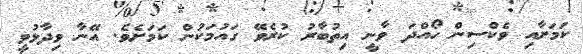
ކަމަށާއި ވެކްސިން ހޯއްދަ ވާނީ އިތުބާރު ކުރެވޭ ގައުމަކުން ކަމަށެވެ. އޭނާ ވިދާޅުވީ